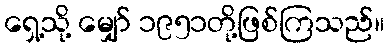
ရှေ့သို့ မျှော် ၁၉၅၁တို့ဖြစ်ကြသည်။